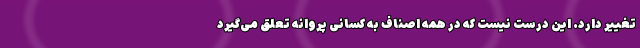
تغییر دارد. این درست نیست که در همه اصناف به کسانی پروانه تعلق می‌گیرد